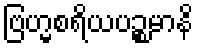
ဗြဟ္မစရိယပဉ္စမာနိ